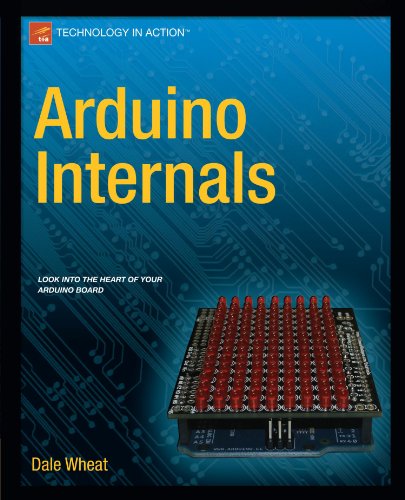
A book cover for Arduino Internals (Technology in Action); Dale Wheat; Computers & Technology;